Vaccination in Burma 1889-1999 - 1889-1999
Year: 1889
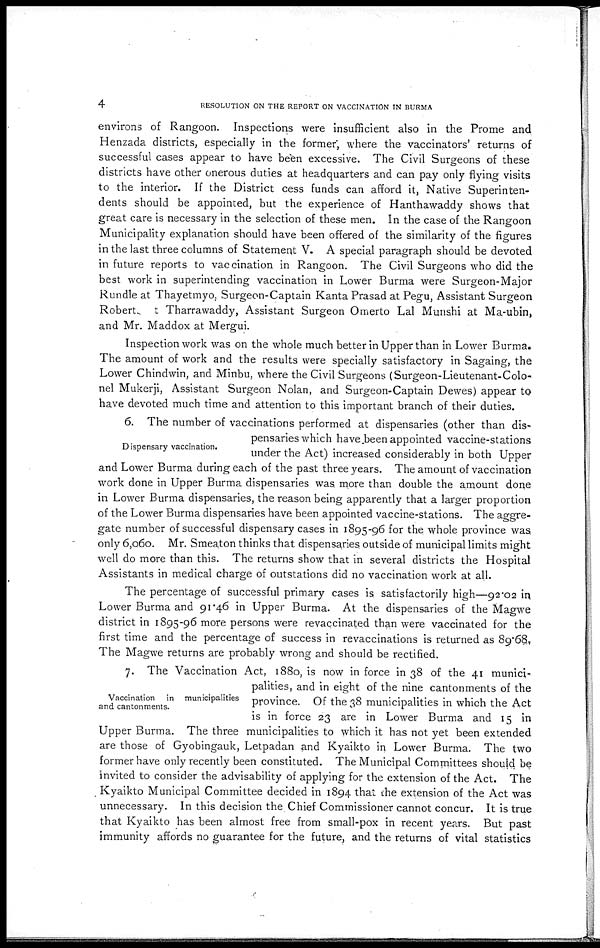
4
RESOLUTION ON THE REPORT ON VACCINATION IN BURMA
environs of Rangoon. Inspections were insufficient also in the Prome and
Henzada districts, especially in the former, where the vaccinators' returns of
successful cases appear to have been excessive. The Civil Surgeons of these
districts have other onerous duties at headquarters and can pay only flying visits
to the interior. If the District cess funds can afford it, Native Superinten-
dents should be appointed, but the experience of Hanthawaddy shows that
great care is necessary in the selection of these men. In the case of the Rangoon
Municipality explanation should have been offered of the similarity of the figures
in the last three columns of Statement V. A special paragraph should be devoted
in future reports to vaccination in Rangoon. The Civil Surgeons who did the
best work in superintending vaccination in Lower Burma were Surgeon-Major
Rundle at Thayetmyo, Surgeon-Captain Kanta Prasad at Pegu, Assistant Surgeon
Robert
Tharrawaddy, Assistant Surgeon Omerto Lal Munshi at Ma-ubin,
and Mr. Maddox at Mergui.
Inspection work was on the whole much better in Upper than in Lower Burma.
The amount of work and the results were specially satisfactory in Sagaing, the
Lower Chindwin, and Minbu, where the Civil Surgeons (Surgeon-Lieutenant-Colo-
nel Mukerji, Assistant Surgeon Nolan, and Surgeon-Captain Dewes) appear to
have devoted much time and attention to this important branch of their duties.
Dispensary vaccination.
6. The number of vaccinations performed at dispensaries (other than dis-
pensaries which have been appointed vaccine-stations
under the Act) increased considerably in both Upper
and Lower Burma during each of the past three years. The amount of vaccination
work done in Upper Burma dispensaries was more than double the amount done
in Lower Burma dispensaries, the reason being apparently that a larger proportion
of the Lower Burma dispensaries have been appointed vaccine-stations. The aggre-
gate number of successful dispensary cases in 1895-96 for the whole province was
only 6,060. Mr. Smeaton thinks that dispensaries, outside of municipal limits might
well do more than this. The returns show that in several districts the Hospital
Assistants in medical charge of outstations did no vaccination work at all.
The percentage of successful primary cases is satisfactorily high—92.02 in
Lower Burma and 91.46 in Upper Burma. At the dispensaries of the Magwe
district in 1895-96 more persons were revaccinated than were vaccinated for the
first time and the percentage of success in revaccinations is returned as 89.68.
The Magwe returns are probably wrong and should be rectified.
Vaccination in municipalities
and cantonments.
7. The Vaccination Act, 1880, is now in force in 38 of the 41 munici¬
palities, and in eight of the nine cantonments of the
province. Of the 38 municipalities in which the Act
is in force 23 are in Lower Burma and 15 in
Upper Burma. The three municipalities to which it has not yet been extended
are those of Gyobingauk, Letpadan and Kyaikto in Lower Burma. The two
former have only recently been constituted. The Municipal Committees should be
invited to consider the advisability of applying for the extension of the Act. The
unnecessary. In this decision the Chief Commissioner cannot concur. It is true
that Kyaikto has been almost free from small-pox in recent years. But past
immunity affords no guarantee for the future, and the returns of vital statistics